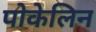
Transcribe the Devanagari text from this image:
पोकेलिन